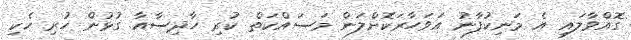
ގޮއްވާލައި އެ މަނިކުފާނު އަވަހާރަކޮށްލަން މަސައްކަތް ކުރި ހާދިސާއާ ގުޅުން ހުރި ހެކި